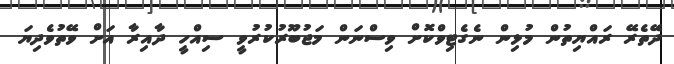
ދޭތެރޭ ރައްޔިތުން މުޅިން ނެގެޓިވްކޮށް ވިސްނަން މަޖުބޫރުކުރުވީ ސިއްހީ ދާއިރާ އަށް ވޭތުވެދިޔަ